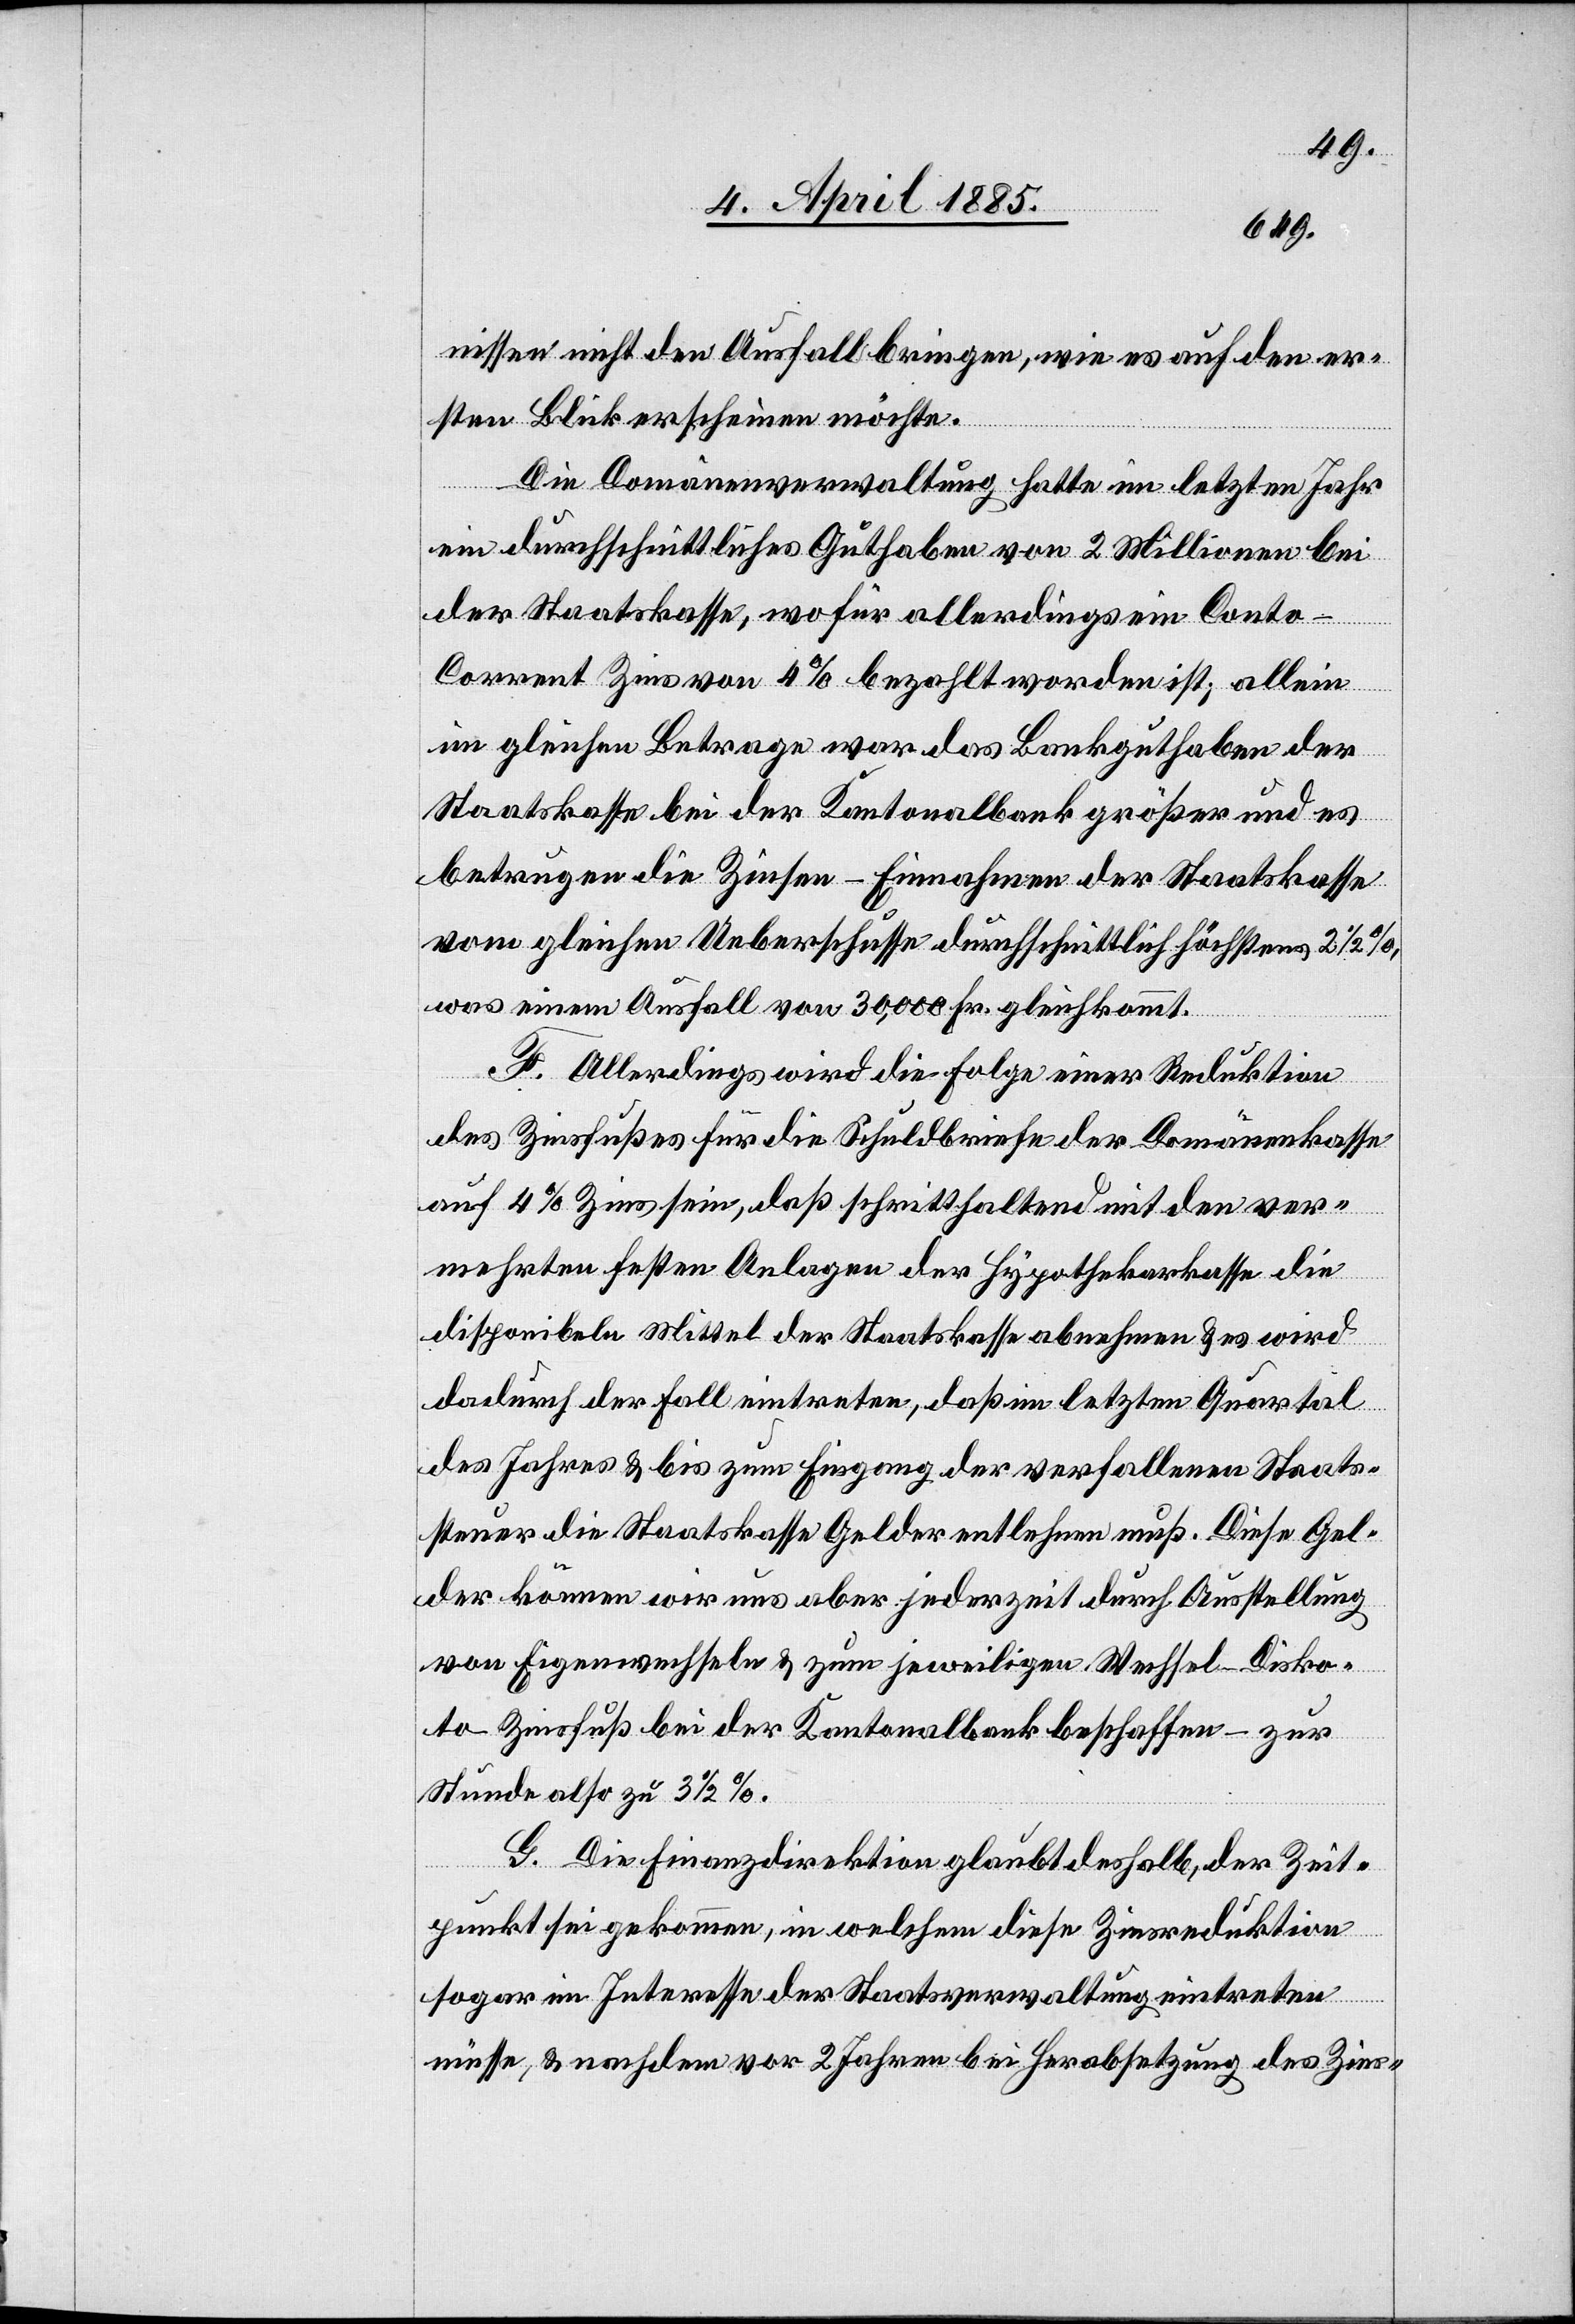
nissen nicht den Ausfall bringen, wie es auf den er¬
sten Blick erscheinen möchte.
Die Domänenverwaltung hatte im letzten Jahr
ein durchschnittliches Guthaben von 2 Millionen bei
der Staatskasse, wofür allerdings ein Conto-C¬
orrent Zins von 4% bezahlt worden ist; allein
im gleichen Betrage war das Bankguthaben der
Staatskasse bei der Kantonalbank größer und es
betrugen die Zinsen-Einnahmen der Staatskasse
vom gleichen Ueberschusse durchschnittlich höchstens 2 1/2%,
was einem Ausfall von 30,000 Fr. gleichkommt.
F. Allerdings wird die Folge einer Reduktion
des Zinsfußes für die Schuldbriefe der Domänenkasse
auf 4% Zins sein, daß schritthaltend mit den ver¬
mehrten festen Anlagen der Hypothekarkasse die
disponibeln Mittel der Staatskasse abnehmen & es wird
dadurch der Fall eintreten, daß im letzten Quartal
des Jahres & bis zum Eingang der verfallenen Staats¬
steuer die Staatskasse Gelder entlehnen muß. Diese Gel¬
der können wir uns aber jederzeit durch Ausstellung
von Eigenwechseln & zum jeweiligen Wechsel-Disko[n]t¬
o Zinsfuß bei der Kantonalbank beschaffen – zur
Stunde also zu 3 1/2%.
G. Die Finanzdirektion glaubt deshalb, der Zeit¬
punkt sei gekommen, in welchem diese Zinsreduktion
sogar im Interesse der Staatsverwaltung eintreten
müsse, & nachdem vor 2 Jahren bei Herabsetzung des Zins-